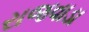
રાજવાડા